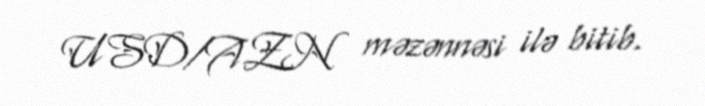
USD/AZN məzənnəsi ilə bitib.